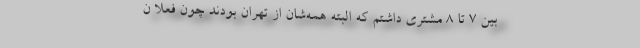
بین ۷ تا ۸ مشتری داشتم که البته همه‌شان از تهران بودند چون فعلا ن